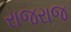
રાજરાજ